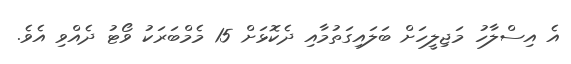
އެ އިސްލާހު މަޖިލީހަށް ބަލައިގަތުމާއި ދެކޮޅަށް 15 މެމްބަރަކު ވޯޓު ދެއްވި އެވެ.